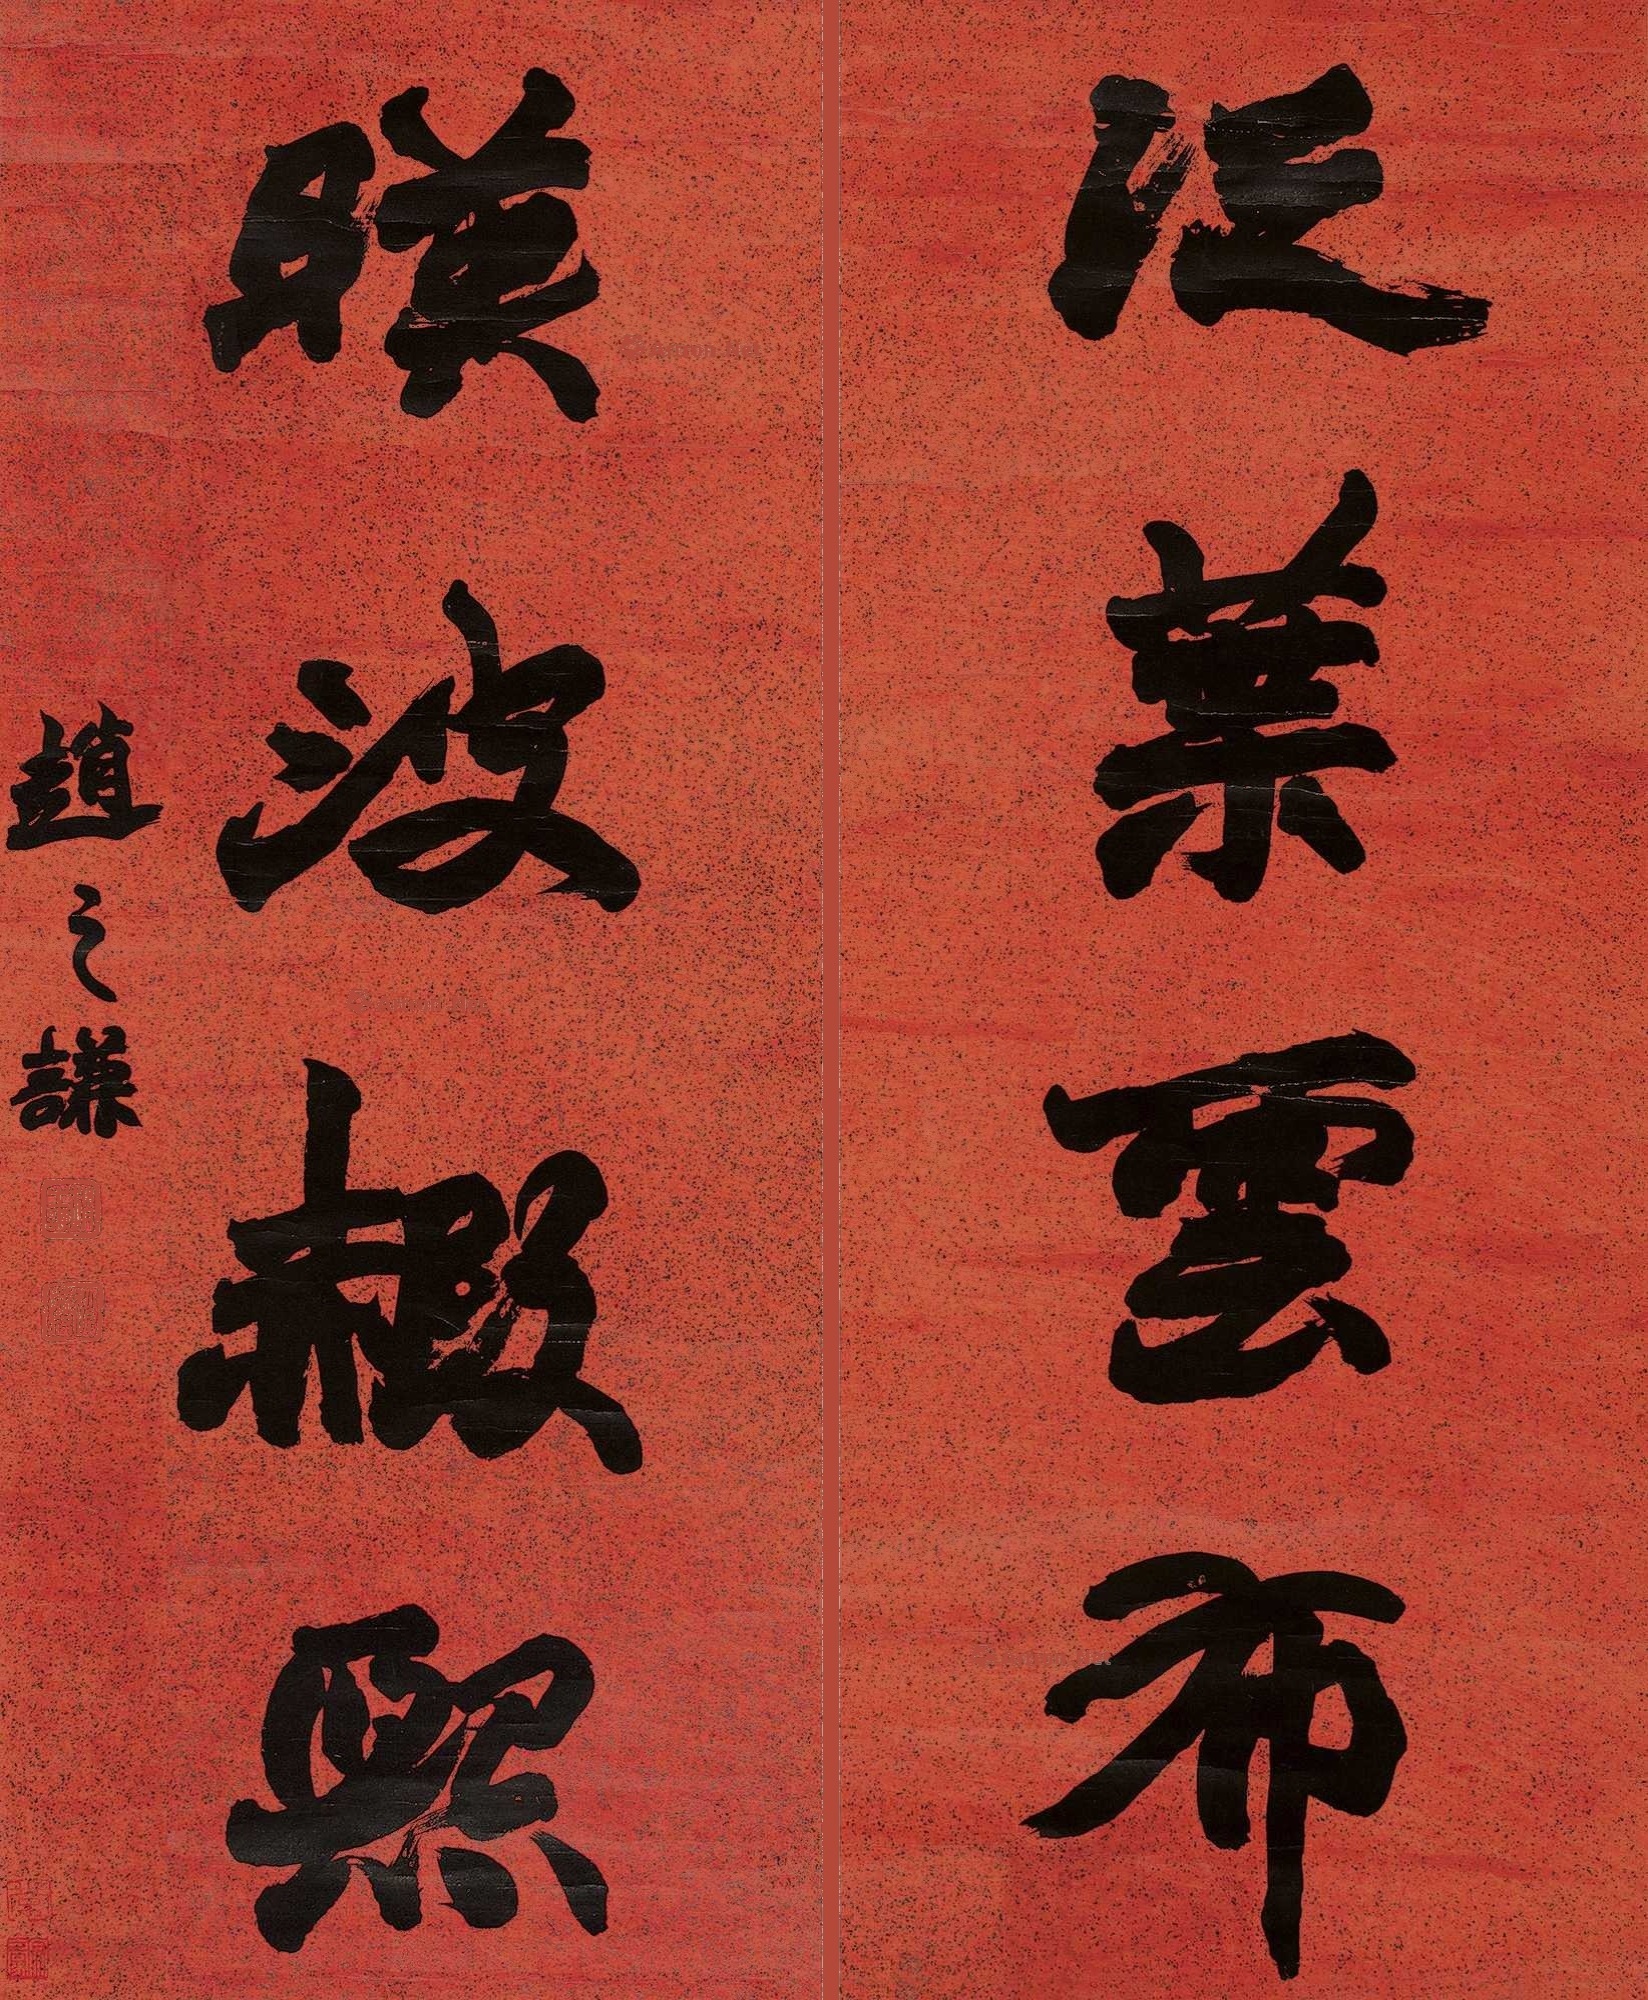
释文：泛叶云布，映波赮熙。赵之谦。